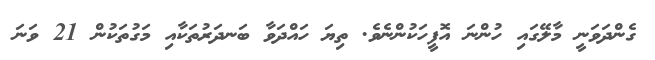
ގެންދަވަނީ މާލޭގައި ހުންނަ އޮފީހަކުންނެވެ. ތިޔަ ހައްދަވާ ބަނދަރުތަކާއި މަގުތަކުން 21 ވަނަ